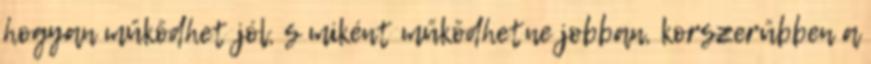
hogyan működhet jól, s miként működhetne jobban, korszerűbben a